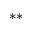
^ { \ast \ast }